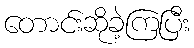
တောင်းဆိုခဲ့ကြပြီး